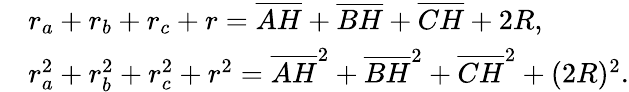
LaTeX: {\begin{array}{rl}&{r_{a}+r_{b}+r_{c}+r={\overline{{AH}}}+{\overline{{BH}}}+{\overline{{CH}}}+2R,}\\ &{r_{a}^{2}+r_{b}^{2}+r_{c}^{2}+r^{2}={\overline{{AH}}}^{2}+{\overline{{BH}}}^{2}+{\overline{{CH}}}^{2}+(2R)^{2}.}\end{array}}